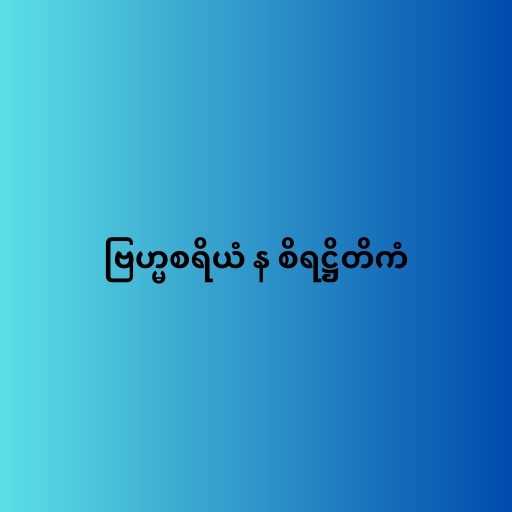
ဗြဟ္မစရိယံ န စိရဋ္ဌိတိကံ